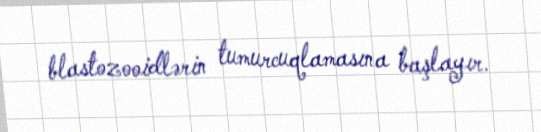
blastozooidlərin tumurcuqlamasına başlayır.